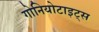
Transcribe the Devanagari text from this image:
गोनियोटाइट्स